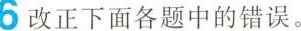
6 改正下面各题中的错误。